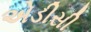
એડીસી